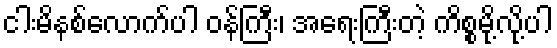
ငါးမိနစ်လောက်ပါ ဝန်ကြီး၊ အရေးကြီးတဲ့ ကိစ္စမို့လို့ပါ